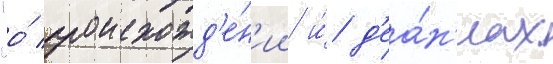
"о́ происхожд'е́н'ии и́ д'еа́н'иах